Papers set at the Examination for Leaving Certificates, 1893
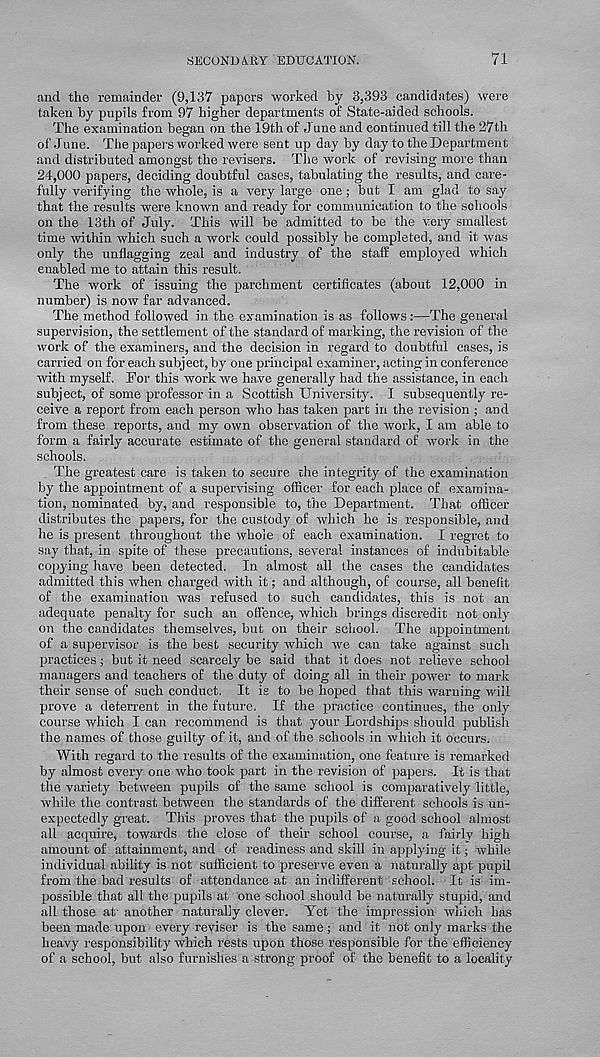
SECONDARY EDUCATION.
71
and the remainder (9,137 papers worked by 3,393 candidates) were
taken by pupils from 97 higher departments of State-aided schools.
The examination began on the 19th of J une and continued till the 27th
of June. The papers worked were sent up day by day to the Department
and distributed amongst the revisers. The work of revising more than
24,000 papers, deciding doubtful cases, tabulating the results, and care-
fully verifying the whole, is a very large one; but I am glad to say
that the results were known and ready for communication to the schools
on the 13th of July. This will be admitted to be the very smallest
time within which such a work could possibly be completed, and it was
only the unflagging zeal and industry of the staff employed which
enabled me to attain this result.
The work of issuing the parchment certificates (about 12,000 in
number) is now far advanced.
The method followed in the examination is as follows :—The general
supervision, the settlement of the standard of marking, the revision of the
work of the examiners, and the decision in regard to doubtful cases, is
carried on for each subject, by one principal examiner, acting in conference
with myself. Tor this work we have generally had the assistance, in each
subject, of some professor in a Scottish University. I subsequently re-
ceive a report from each pei'son who has taken part in the revision ; and
from these reports, and my own observation of the work, I am able to
form a fairly accurate estimate of the general standard of work in the
schools.
The greatest care is taken to secure the integrity of the examination
by the appointment of a supervising officer for each place of examina-
tion, nominated by, and responsible to, the Department. That officer
distributes the papers, for the custody of which he is responsible, and
he is present throughout the whole of each examination. I regret to
say that, in spite of these precautions, several instances of indubitable
copying have been detected. In almost all the cases the candidates
admitted this when charged with it; and although, of course, all benefit
of the examination was refused to such candidates, this is not an
adequate penalty for such an offence, which brings discredit not only
on the candidates themselves, but on their school. The appointment
of a supervisor is the best security which we can take against such
practices ; but it need scarcely be said that it does not relieve school
managers and teachers of the duty of doing all in their power to mark
their sense of such conduct. It is to be hoped that this warning will
prove a deterrent in the future. If the practice continues, the only
course which I can recommend is that your Lordships should publish
the names of those guilty of it, and of the schools in which it occurs.
With regard to the results of the examination, one feature is remarked
by almost every one who took part in the revision of papers. It is that
the variety between pupils of the same school is comparatively little,
while the contrast between the standards of the different schools is un-
expectedly great. This proves that the pupils of a good school almost
all acquire, towards the close of their school course, a fairly high
amount of attainment, and of readiness and skill in applying it; while
individual ability is not sufficient to preserve even a naturally apt pupil
from the bad results of attendance at an indifferent school. It is im-
possible that all the pupils at one school should be naturally stupid, and
all those at' another naturally clever. Yet the impression which has
been made upon every reviser is the same; and it not only marks the
heavy responsibility which rests upon those responsible for the efficiency
of a school, but also furnishes a strong proof of the benefit to a locality